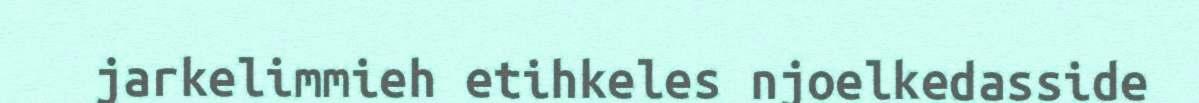
jarkelimmieh etihkeles njoelkedasside